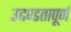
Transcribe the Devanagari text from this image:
उद्दण्डतापूर्ण